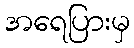
အရေပြားမှ